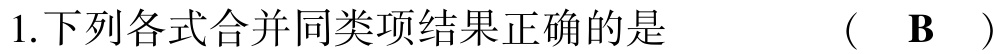
1.下列各式合并同类项结果正确的是  （  B  ）